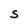
Character: S